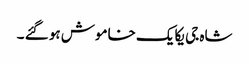
شاہ جی یکایک خاموش ہو گئے ۔